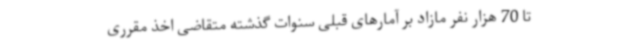
تا 70 هزار نفر مازاد بر آمارهای قبلی سنوات گذشته متقاضی اخذ مقرری